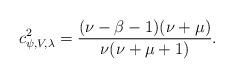
LaTeX: \begin{align*}c^2_{\psi, V,\lambda}=\frac{(\nu-\beta-1)(\nu+\mu)}{\nu(\nu+\mu+1)}.\end{align*}